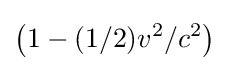
\left(1-(1/2)v^{2}/c^{2}\right)